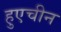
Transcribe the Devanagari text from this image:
हुएचीन